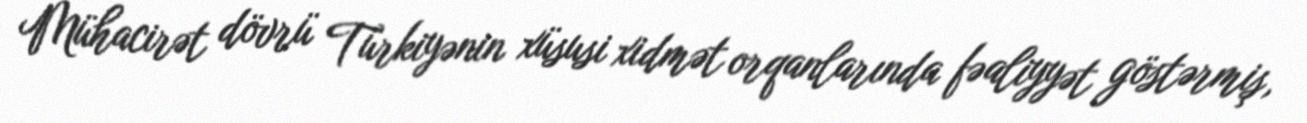
Mühacirət dövrü Türkiyənin xüsusi xidmət orqanlarında fəaliyyət göstərmiş,